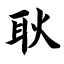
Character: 耿